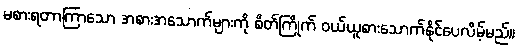
မစားရတာကြာသော အစားအသောက်များကို စိတ်ကြိုက် ဝယ်ယူစားသောက်နိုင်ပေလိမ့်မည်။